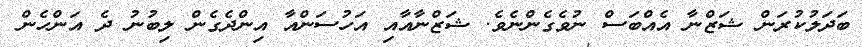
ބަދަލުކުރަން ޝަޒްނާ އެއްބަސް ނުވެގެންނެވެ. ޝަޒްނާއާއި އަހުސަންއާ އިންދެގެން ލިބުނު ދެ އަންހެން